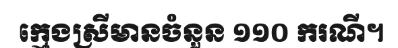
ក្មេងស្រីមានចំនួន ១១០ ករណី។